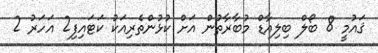
ޤައުމީ 8 ބޯލް ބިލިއާޑް މުބާރާތުން އަށް ކުޅުންތެރިއަކު ކަޓައިފި2 އަހަރު 2